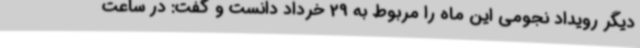
دیگر رویداد نجومی این ماه را مربوط به 29 خرداد دانست و گفت: در ساعت